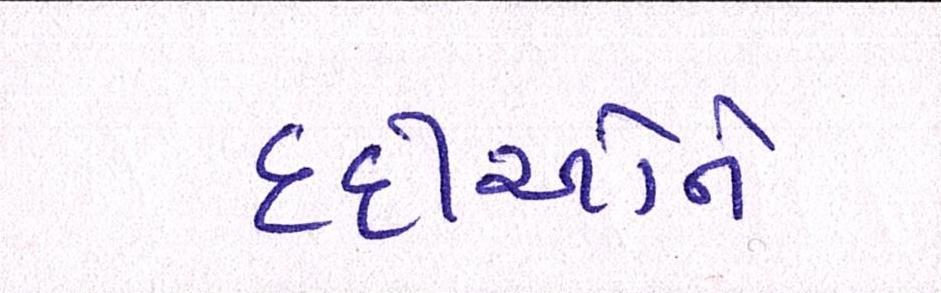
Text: દર્દીઓને